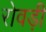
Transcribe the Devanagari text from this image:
रोवड़ी